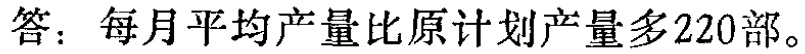
答：每月平均产量比原计划产量多220部。